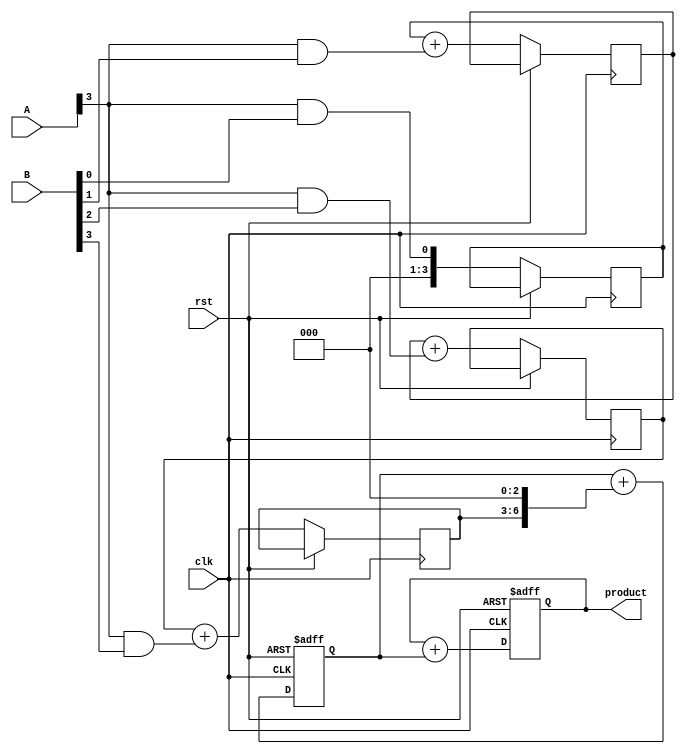
module systolic_multiplier #(parameter WIDTH = 4) (
    input wire clk,
    input wire rst,
    input wire [WIDTH-1:0] A, // Multiplicand
    input wire [WIDTH-1:0] B, // Multiplier
    output reg [2*WIDTH-1:0] product // Final product
);

    // Processing Elements (PEs) array
    reg [WIDTH-1:0] pe [0:WIDTH-1][0:WIDTH-1]; // PEs for partial products
    reg [2*WIDTH-1:0] partial_sum [0:WIDTH-1]; // For accumulating partial products

    integer i, j;

    // Initialize the partial sum
    always @(posedge clk or posedge rst) begin
        if (rst) begin
            product <= 0;
            for (i = 0; i < WIDTH; i = i + 1) begin
                partial_sum[i] <= 0;
            end
        end else begin
            // Generate partial products
            for (i = 0; i < WIDTH; i = i + 1) begin
                for (j = 0; j < WIDTH; j = j + 1) begin
                    if (i == 0) begin
                        pe[i][j] <= A[j] & B[i]; // Generate partial product
                    end else begin
                        pe[i][j] <= pe[i-1][j] + (A[j] & B[i]); // Accumulate from previous row
                    end
                end
            end
            
            // Accumulate partial products
            for (i = 0; i < WIDTH; i = i + 1) begin
                partial_sum[i] <= 0; // Clear previous sums
                for (j = 0; j < WIDTH; j = j + 1) begin
                    partial_sum[i] <= partial_sum[i] + (pe[i][j] << j); // Shift and accumulate
                end
            end
            
            // Final product accumulation
            product <= 0;
            for (i = 0; i < WIDTH; i = i + 1) begin
                product <= product + partial_sum[i]; // Final sum of all rows
            end
        end
    end
endmodule